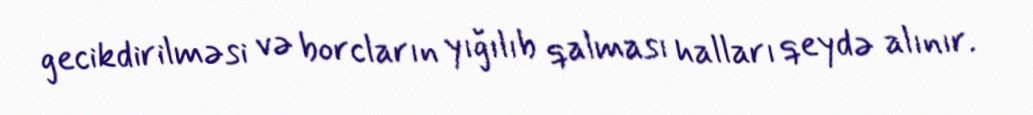
gecikdirilməsi və borcların yığılıb qalması halları qeydə alınır.